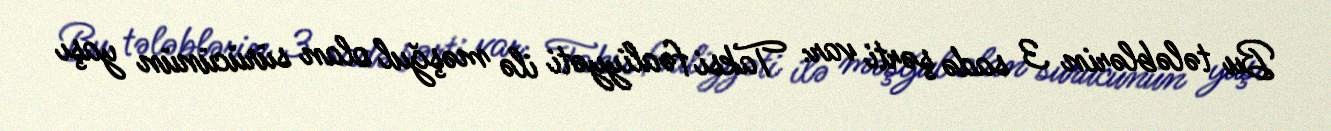
Bu tələblərin 3 sadə şərti var: Taksi fəaliyyəti ilə məşğul olan sürücünün yaşı